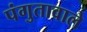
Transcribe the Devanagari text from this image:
पंगुतावाले